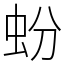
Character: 蚡